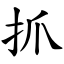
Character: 抓